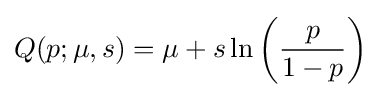
Q(p;\mu ,s)=\mu +s\ln \left({\frac {p}{1-p}}\right)